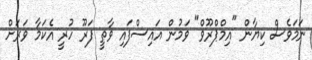
ނަމަވެސް ކިޔާން "އިމްޕްރޫވް" ވަމުން އައިސްފައި ވާތީ ފަރޫ ހުރީ އެކަމާ ވަރަށް